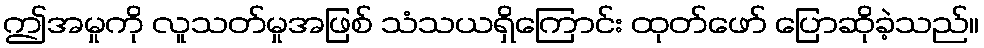
ဤအမှုကို လူသတ်မှုအဖြစ် သံသယရှိကြောင်း ထုတ်ဖော် ပြောဆိုခဲ့သည်။